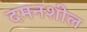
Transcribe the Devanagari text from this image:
दमनशील